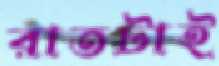
রাতটাই